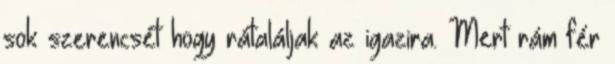
sok szerencsét hogy rátaláljak az igazira. Mert rám fér